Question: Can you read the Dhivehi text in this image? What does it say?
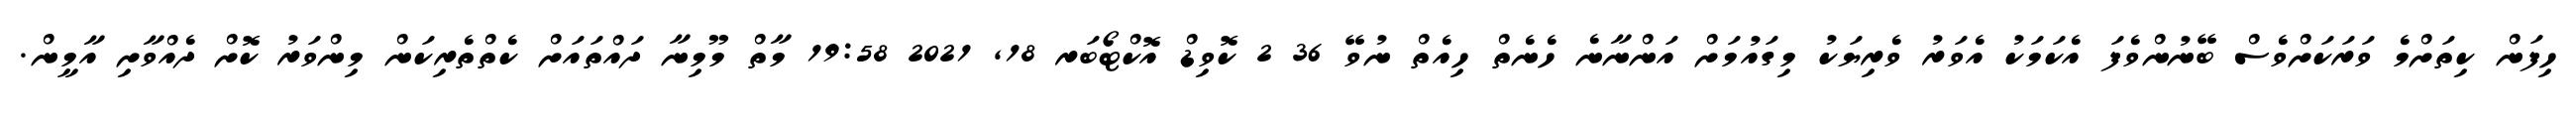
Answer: ހިފަން ކިތަށްމެ ވަރަކަށްވެސް ބޭނުންވެފަ އެކަމަކު އެވަރު ވެރިޔަކު މިގައުމަށް އަންނާނެ ހެނެތް ހިއެތް ނުވޭ 36 2 ކޮވިޑް އޮކްޓޯބަރ 18, 2021 19:58 މާތް މޫމިނާ ދައްތައަށް ކެތްތެރިކަން މިންވަރު ކޮށް ދެއްވާށި އާމީން.